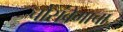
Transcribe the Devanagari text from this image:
चौसंवेगाचा